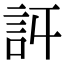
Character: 𧥪